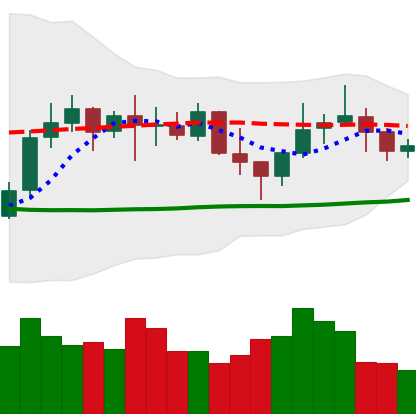
Ticker: LINK-USD
Chart end date: 2021-10-19
Forward return: 14.785%
Label: up_7plus